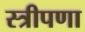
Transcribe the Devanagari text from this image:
स्त्रीपणा